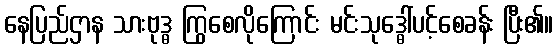
နေပြည်ဌာန သားဗုဒ္ဓ ကြွစေလိုကြောင်း မင်းသုဒ္ဓေါ်ပင့်စေခန်း ပြီး၏။